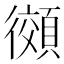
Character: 𫹨